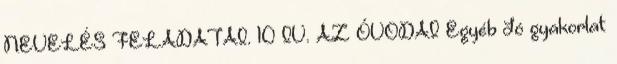
NEVELÉS FELADATAI. 10 IV. AZ ÓVODAI Egyéb Jó gyakorlat